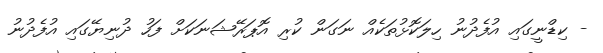
- ކިޑްނީގައި އުފެދުނު ހިލަކޮޅުތަކެއް ނަގަން ކުރި އޮޕަރޭޝަނަކަށް ފަހު ދުނިޔޭގައި އުފެދުނު